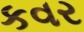
કવર